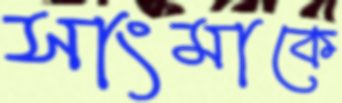
সাংমাকে